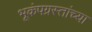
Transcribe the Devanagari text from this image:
भूकंपग्रस्तांच्या